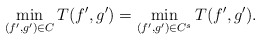
\begin{align*}\min_{(f',g')\in C}T(f',g')=\min_{(f',g')\in C^{s}}T(f',g').\end{align*}